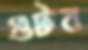
গুটব